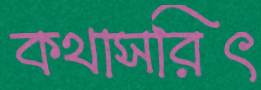
কথাসরিৎ